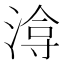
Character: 𭱔